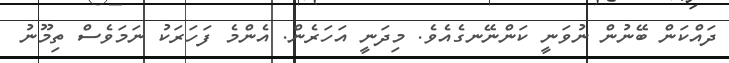
ދައްކަން ބޭނުން ނުވަނީ ކަންނޭނގެއެވެ. މިދަނީ އަހަރެން. އެންމެ ފަހަރަކު ނަމަވެސް ތިމޫނު